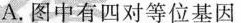
A.图中有四对等位基因